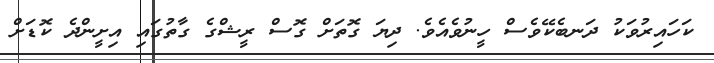
ކަހައިރުވަކު ދަނބެކޭވެސް ހީނުވެއެވެ. ދިޔަ ގޮތަށް ގޮސް ރީޝްގެ ގާތުގައި އިށީންދެ ކޮޑަށް